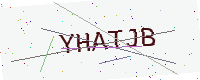
Text: YHATJB